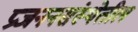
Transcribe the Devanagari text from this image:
प्रजननसंस्थेतील